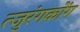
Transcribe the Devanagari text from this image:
त्जुरंगकोंग